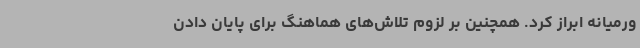
ورمیانه ابراز کرد. همچنین بر لزوم تلاش‌های هماهنگ برای پایان دادن